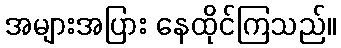
အများအပြား နေထိုင်ကြသည်။